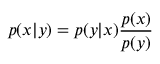
p ( x | y ) = p ( y | x ) \frac { p ( x ) } { p ( y ) }